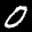
Label: 0